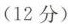
（12分）